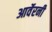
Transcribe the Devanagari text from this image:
आर्वेरनी